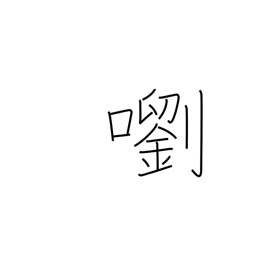
Meaning: a clear sound